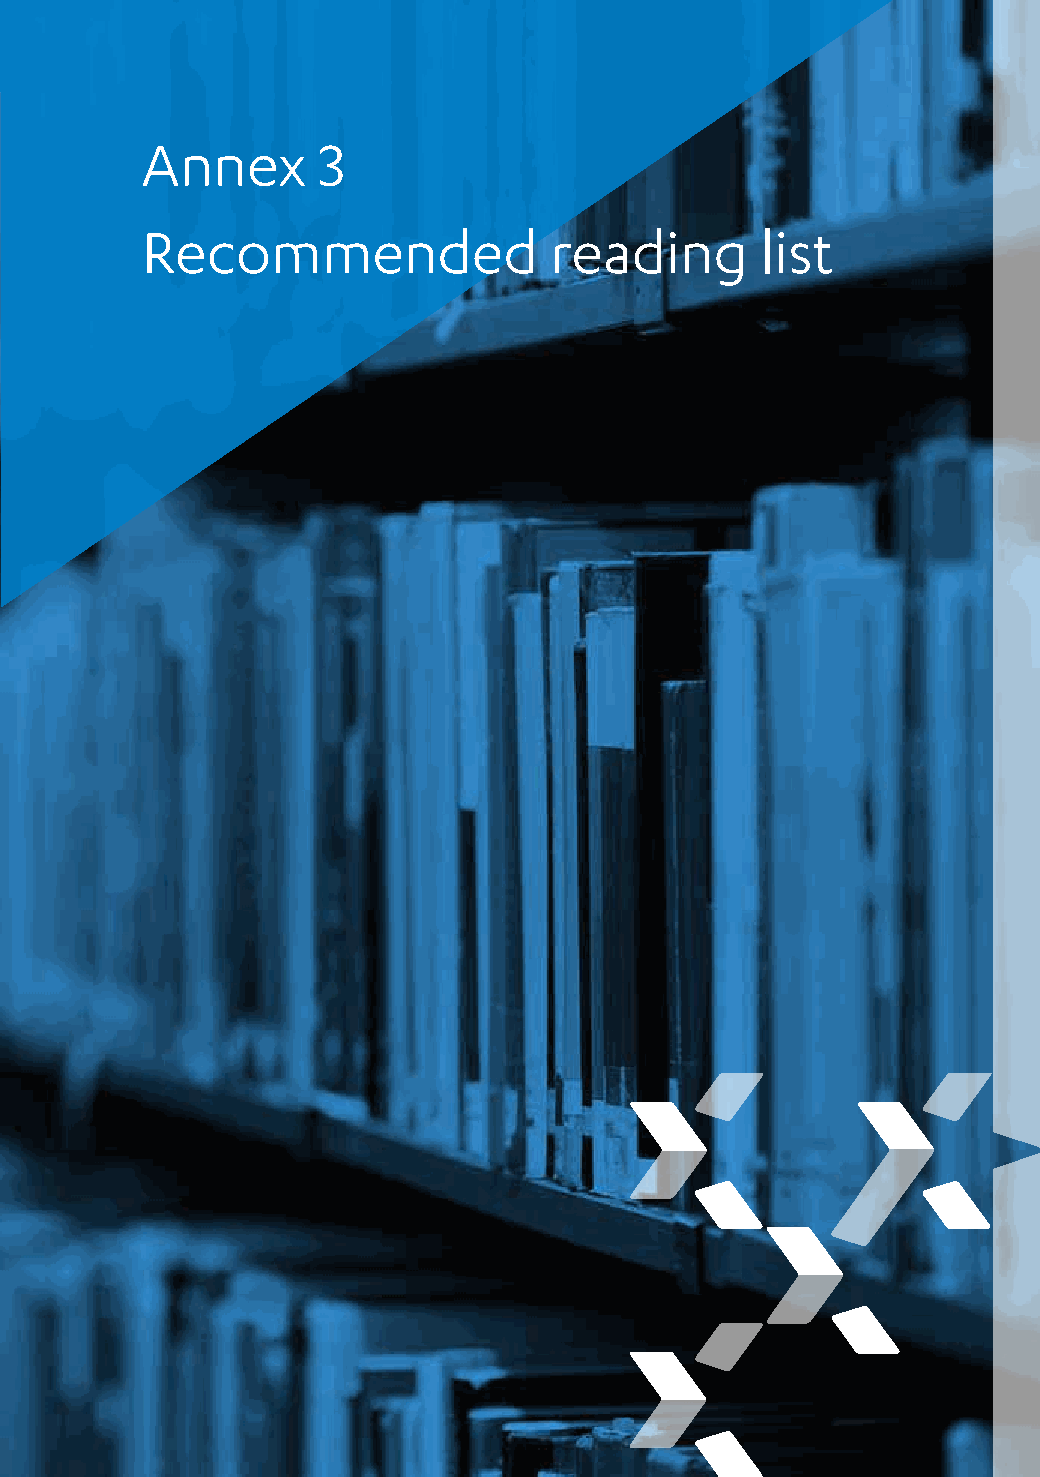
Annex       3
 Recommended                reading       list